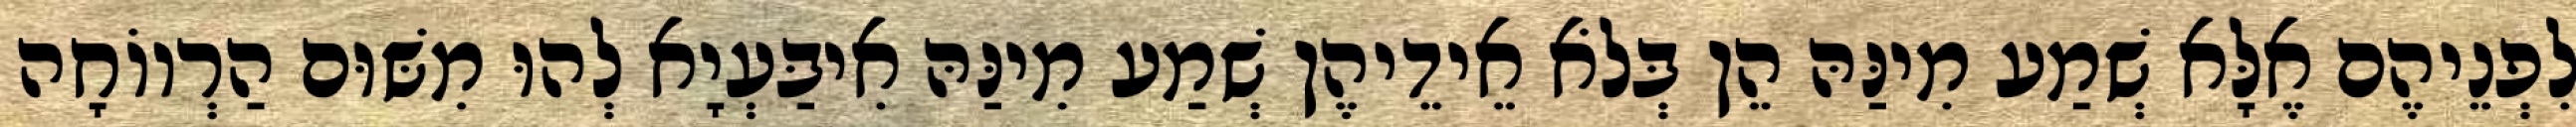
לִפְנֵיהֶם אֶלָּא שְׁמַע מִינַּהּ הֵן בְּלֹא אֵידֵיהֶן שְׁמַע מִינַּהּ אִיבַּעְיָא לְהוּ מִשּׁוּם הַרְווֹחָה